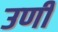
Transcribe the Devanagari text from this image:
उर्णी